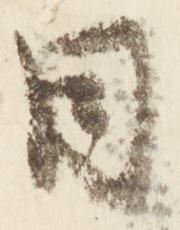
同